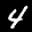
Label: 4